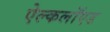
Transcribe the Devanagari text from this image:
ऐल्कलॉएड